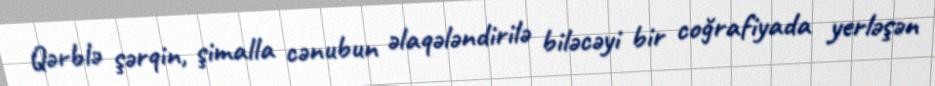
Qərblə şərqin, şimalla cənubun əlaqələndirilə biləcəyi bir coğrafiyada yerləşən